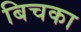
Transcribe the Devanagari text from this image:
बिचका